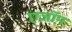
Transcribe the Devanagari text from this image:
एजॉन